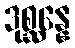
ဒုစ္ဆန္နေ